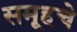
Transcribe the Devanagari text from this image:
समूहचे